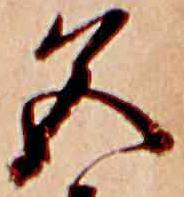
色